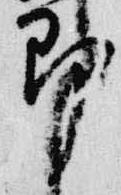
即